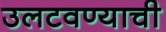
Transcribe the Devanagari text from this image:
उलटवण्याची